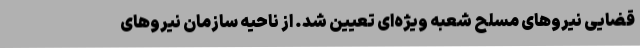
قضایی نیروهای مسلح شعبه ویژه‌ای تعیین شد. از ناحیه سازمان نیروهای